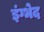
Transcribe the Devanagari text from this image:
इंग्भेद